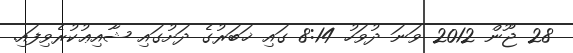
28 ޖޫން 2012 ވަނަ ދުވަހު 8:14 ގައި ޚަބަރުގެ ދަށުގައި ޝާއިޢުކުރެވިފައި.